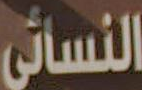
النسائي